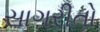
સાગરીતો